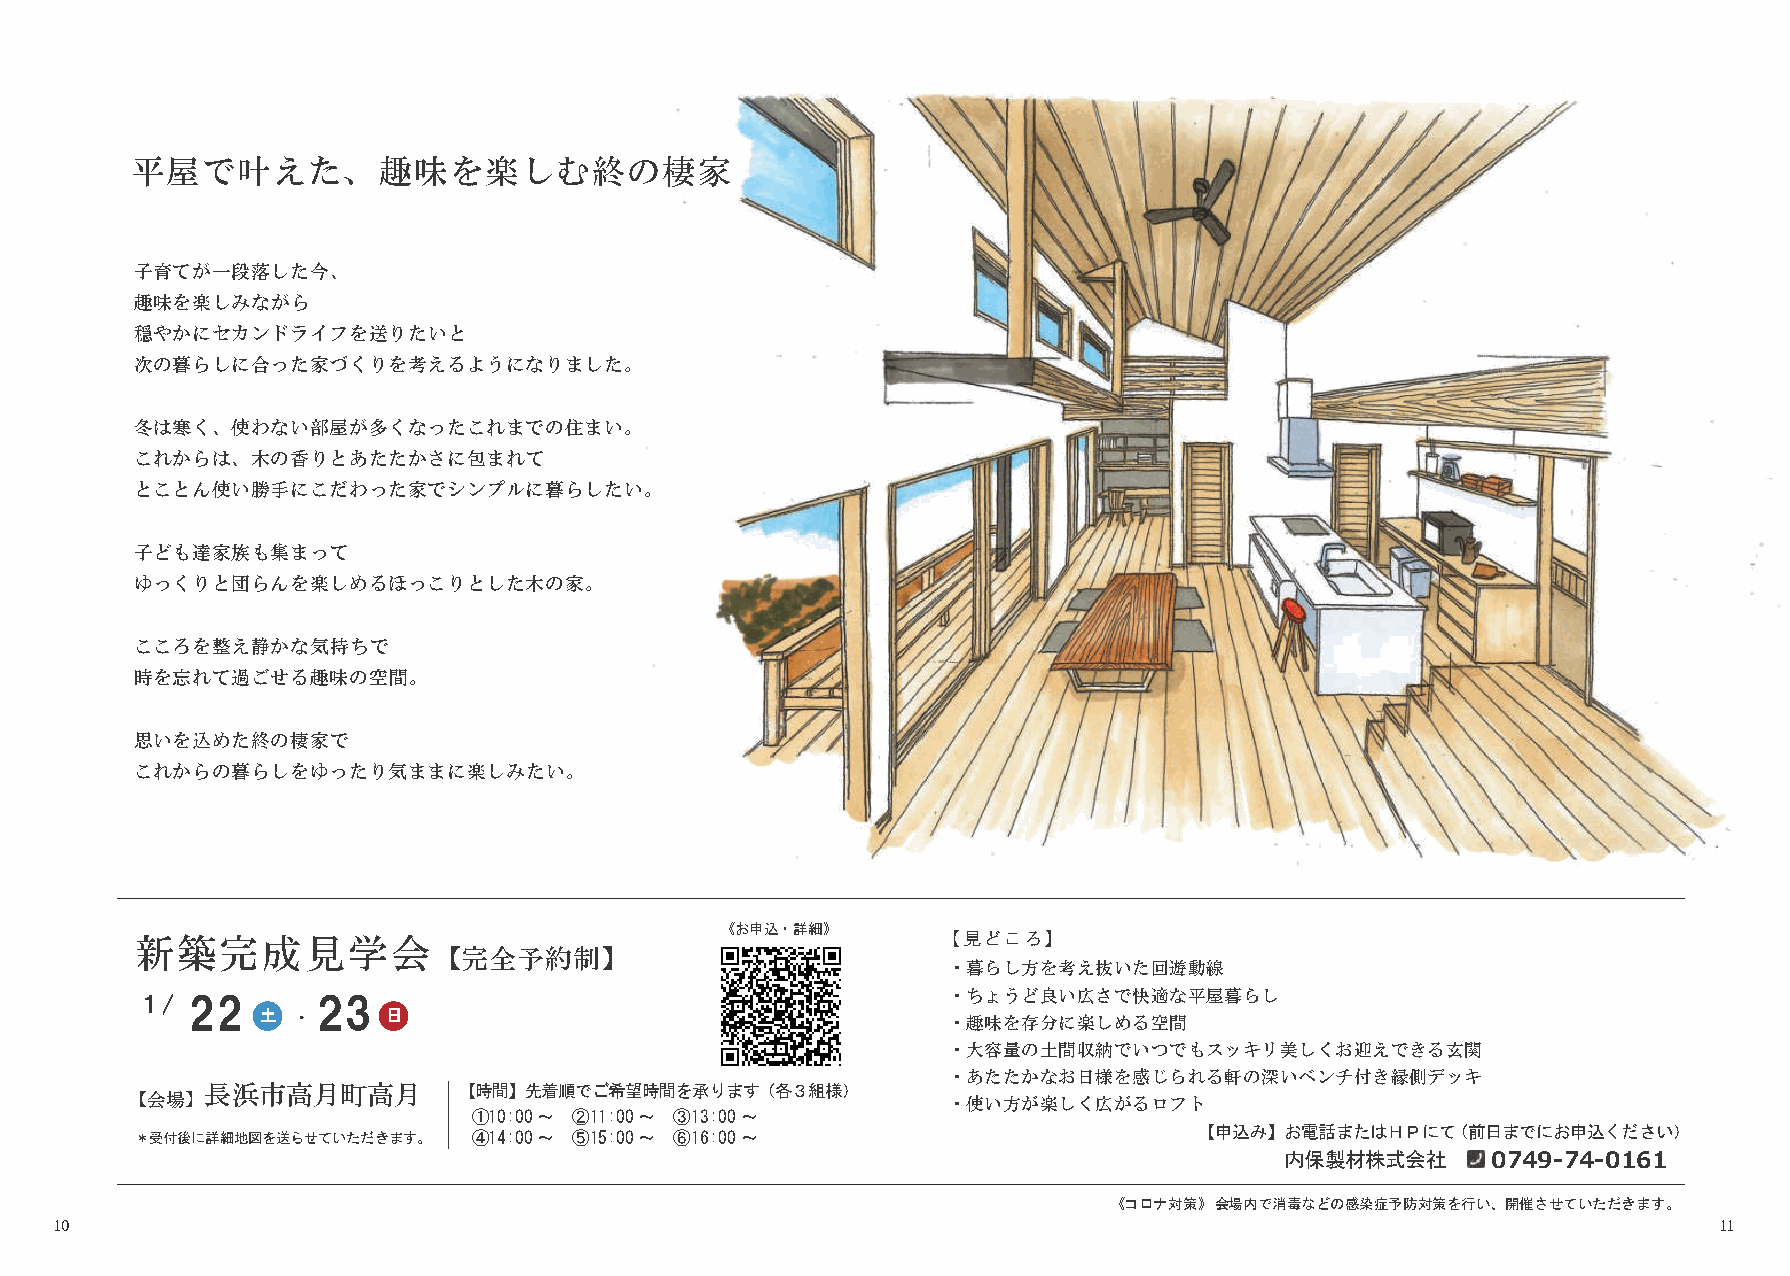
平屋で叶えた、趣味を楽しむ終の棲家
 子育てが一段落した今、
 趣味を楽しみながら
 穏やかにセカンドライフを送りたいと
 次の暮らしに合った家づくりを考えるようになりました。
 冬は寒く、使わない部屋が多くなったこれまでの住まい。
 これからは、木の香りとあたたかさに包まれて
 とことん使い勝手にこだわった家でシンプルに暮らしたい。
 子ども達家族も集まって
 ゆっくりと団らんを楽しめるほっこりとした木の家。
 こころを整え静かな気持ちで
 時を忘れて過ごせる趣味の空間。
 思いを込めた終の棲家で
 これからの暮らしをゆったり気ままに楽しみたい。
 《お申込・詳細》
 新築完成見学会                                              【見どころ】
 【完全予約制】
 ・暮らし方を考え抜いた回遊動線
 １/ 22   ●   23  ●                                     ・ちょうど良い広さで快適な平屋暮らし
 土 ・      日                                    ・趣味を存分に楽しめる空間
 ・大容量の土間収納でいつでもスッキリ美しくお迎えできる玄関
 ・あたたかなお日様を感じられる軒の深いベンチ付き縁側デッキ
 長浜市高月町高月        【時間】先着順でご希望時間を承ります（  各３組様）
 【会場】                                                  ・使い方が楽しく広がるロフト
 ①10:00～ ②11:00～ ③13:00～
 ＊受付後に詳細地図を送らせていただきます。 ④14:00～ ⑤15:00～ ⑥16:00～                         【申込み】お電話または  Ｈ Ｐ に て （ 前日までにお申込ください）
 内保製材株式会社      0749-74-0161
 ＨＰ▶
 《コロナ対策》会場内で消毒などの感染症予防対策を行い、開催させていただきます。
 1０                                                                                                            11